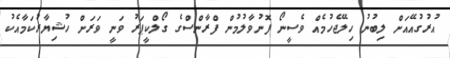
އުރުގުއޭއަށް ލިބުނު ހިލޭޖެހުމެއް ވެސީނޯ ފޮނުވާލުމުން ފްރާންސްގެ ގޯލްކީޕަރު ވަނީ ވަރަށް ހުޝިޔާރުކަމާއެކު